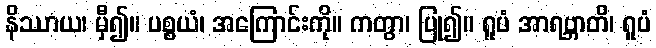
နိဿာယ၊ မှီ၍။ ပစ္စယံ၊ အကြောင်းကို။ ကတွာ၊ ပြု၍။ ရူပံ အာရဗ္ဘာတိ၊ ရူပံ